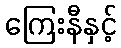
ကြေးနီနှင့်